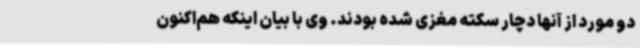
دو مورد از آنها دچار سکته مغزی شده بودند. وی با بیان اینکه هم‌اکنون